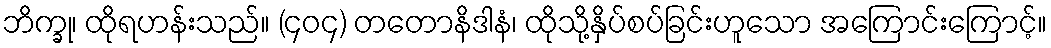
ဘိက္ခု၊ ထိုရဟန်းသည်။ (၄၀၄) တတောနိဒါနံ၊ ထိုသို့နှိပ်စပ်ခြင်းဟူသော အကြောင်းကြောင့်။